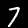
Label: 7